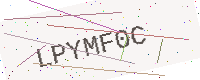
Text: LPYMF0C